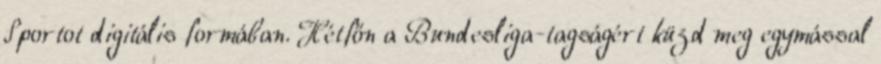
Sportot digitális formában. Hétfőn a Bundesliga-tagságért küzd meg egymással